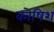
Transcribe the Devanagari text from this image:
कोषिश